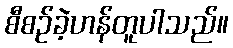
စီစဉ်ခဲ့ဟန်တူပါသည်။